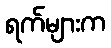
ရက်များက